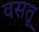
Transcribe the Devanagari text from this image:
वसतू